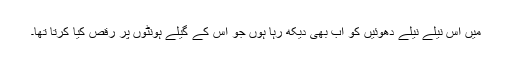
میں اس نیلے نیلے دُھوئیں کو اب بھی دیکھ رہا ہوں جو اس کے گیلے ہونٹوں پر رقص کیا کرتا تھا۔